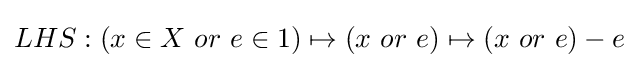
LHS:(x\in X\ or\ e\in 1)\mapsto (x\ or\ e)\mapsto (x\ or\ e)-e